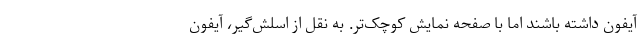
آیفون داشته باشند اما با صفحه نمایش کوچک‌تر. به نقل از اسلش‌گیر، آیفون